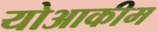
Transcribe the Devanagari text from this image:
योआकीम